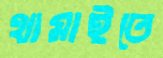
থামাইতে